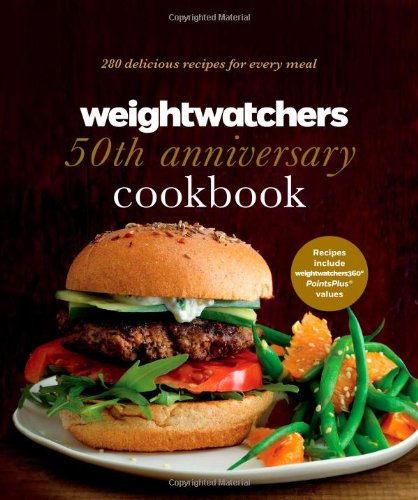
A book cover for Weight Watchers 50th Anniversary Cookbook: 280 Delicious Recipes for Every Meal; Weight Watchers; Cookbooks, Food & Wine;